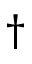
\dagger